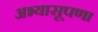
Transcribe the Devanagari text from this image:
अभ्यासूपणा